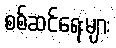
စစ်ဆင်ရေးများ